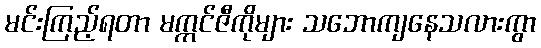
မင်းကြည့်ရတာ မက္ကင်ဇီကိုများ သဘောကျနေသလားကွာ